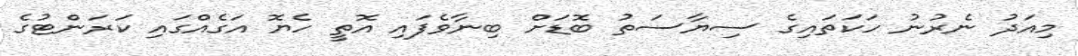
މިއަދު ނެރުނު ހަކަތައިގެ ސިޔާސަތު ބޮޑަށް ބިނާވެފައި އޮތީ ހެޔޮ އަގެއްގައި ކަރަންޓުގެ